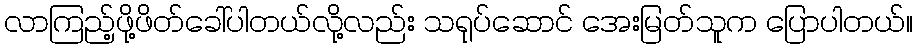
လာကြည့်ဖို့ဖိတ်ခေါ်ပါတယ်လို့လည်း သရုပ်ဆောင် အေးမြတ်သူက ပြောပါတယ်။